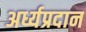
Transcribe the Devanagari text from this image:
अर्ध्यप्रदान